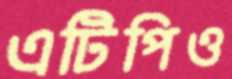
এটিপিও